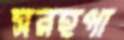
সরহপা